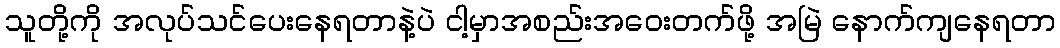
သူတို့ကို အလုပ်သင်ပေးနေရတာနဲ့ပဲ ငါ့မှာအစည်းအဝေးတက်ဖို့ အမြဲ နောက်ကျနေရတာ